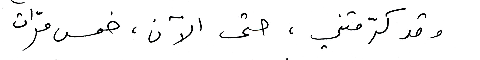
وقد كرّمتني ، حتى الآن ، خمس مرّات